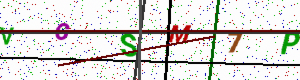
Text: VCSM7P